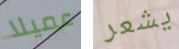
عميلا يشعر